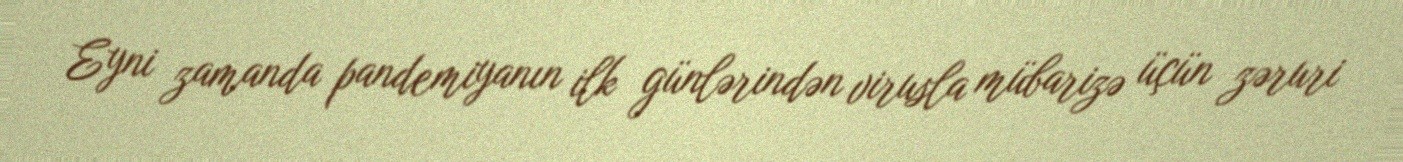
Eyni zamanda pandemiyanın ilk günlərindən virusla mübarizə üçün zəruri